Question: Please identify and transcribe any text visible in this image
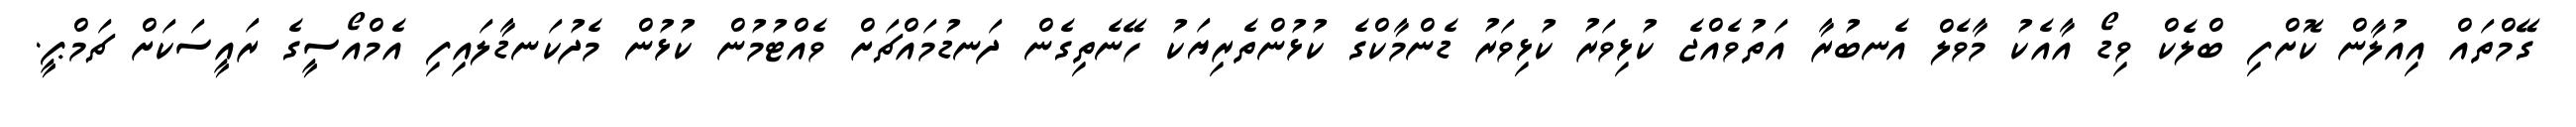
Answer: ގޭމްތައް އިއުލާން ކޮށްފި ބްލެކް ވިޑޯ އާއެކު މާވެލް އެނބުރާ އަތުވެއްޖެ ކުޅިވަރު ކުޅިވަރު ޑެންމާކްގެ ކުޅުންތެރިޔަކު ހޭނެތިގެން ދަނޑުމައްޗަށް ވެއްޓުމުން ކުޅުން މެދުކަނޑާލައިފި އެމްއޯސީގެ ރައީސަކަށް ޗަމްޕީ.